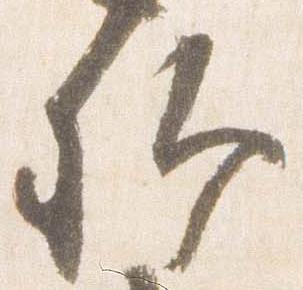
卿